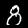
Digit: 8